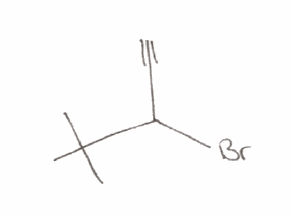
Simplified molecular-input line-entry system (SMILES) notation of the given molecule:
CC(C)(C)C(C#C)Br